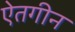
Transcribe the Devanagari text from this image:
ऐतगीन